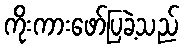
ကိုးကားဖော်ပြခဲ့သည်